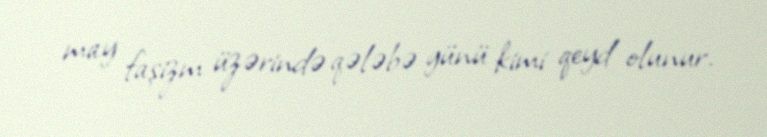
may faşizm üzərində qələbə günü kimi qeyd olunur.